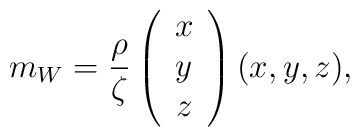
m_W = \frac{\rho}{\zeta} \left( \begin{array}{c} x \\ y \\ z    \end{array} \right) (x, y, z),